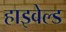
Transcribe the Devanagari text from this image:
हाइवेल्ड